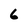
Character: 6